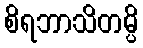
စိရဘာသိတမ္ပိ